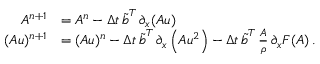
\begin{array} { r l } { A ^ { n + 1 } } & { = A ^ { n } - \Delta t \, \boldsymbol { \tilde { b } } ^ { T } \, \partial _ { x } ( \boldsymbol { A u } ) } \\ { ( A u ) ^ { n + 1 } } & { = ( A u ) ^ { n } - \Delta t \, \boldsymbol { \tilde { b } } ^ { T } \, \partial _ { x } \left( \boldsymbol { A u ^ { 2 } } \right) - \Delta t \, \boldsymbol { \tilde { b } } ^ { T } \, \frac { \boldsymbol { A } } { \rho } \, \partial _ { x } \boldsymbol { F } ( \boldsymbol { A } ) \, . } \end{array}